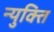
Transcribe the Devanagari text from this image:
न्युक्ति